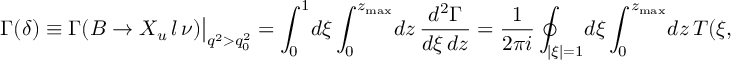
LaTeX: \Gamma ( \delta ) \equiv \Gamma ( B \to X _ { u } \, l \, \nu ) \big | _ { q ^ { 2 } > q _ { 0 } ^ { 2 } } = \int _ { 0 } ^ { 1 } \! d \xi \int _ { 0 } ^ { z _ { \mathrm { m a x } } } \! d z \, \frac { d ^ { 2 } \Gamma } { d \xi \, d z } = \frac { 1 } { 2 \pi i } \oint _ { | \xi | = 1 } \! d \xi \int _ { 0 } ^ { z _ { \mathrm { m a x } } } \! d z \, T ( \xi , z ) \, ,